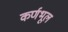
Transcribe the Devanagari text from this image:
कर्णभूल